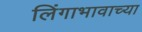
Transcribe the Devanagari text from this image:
लिंगाभावाच्या